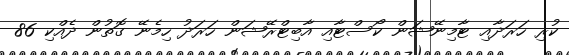
ކުރި ހަރަދާއި ޓާމިނޭޝަން ކޯސްޓާއި އާބިޓްރޭޝަން ހަރަދު ހިމެނޭ ގޮތުން ދެއްކި 86